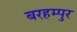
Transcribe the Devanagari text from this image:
बरहम्पुर